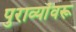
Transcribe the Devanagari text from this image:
पुराव्यांवरू